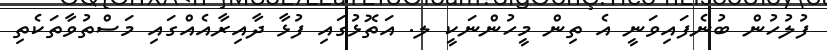
ފުލުހުން ބުނެފައިވަނީ އެ ތިން މީހުންނަކީ ލ. އަތޮޅުގައި ފުޅާ ދާއިރާއެއްގައި މަސްތުވާތަކެތި